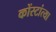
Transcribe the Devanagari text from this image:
कोंस्टांत्या